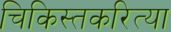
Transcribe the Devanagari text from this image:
चिकिस्तकरित्या